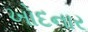
ખોદનાર